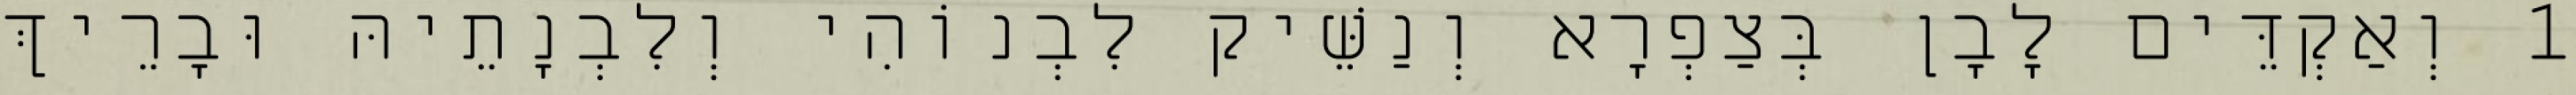
1 וְאַקְדֵּים לָבָן בְּצַפְרָא וְנַשֵּׁיק לִבְנוֹהִי וְלִבְנָתֵיהּ וּבָרֵיךְ